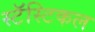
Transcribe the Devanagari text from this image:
स्टॅस्टिकल